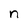
Character: n